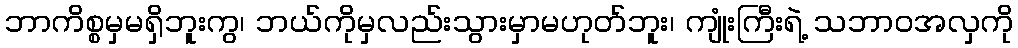
ဘာကိစ္စမှမရှိဘူးကွ၊ ဘယ်ကိုမှလည်းသွားမှာမဟုတ်ဘူး၊ ကျုံးကြီးရဲ့ သဘာဝအလှကို